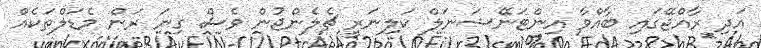
އަދި ރާއްޖޭގައި ބާއްވާ އިންޓަނޭޝަނަލް ކަލިނަރީ ޗެލެންޖުން ވެސް ގިނަ ރަން މެޑަލްތަކެއް